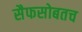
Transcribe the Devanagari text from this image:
सैफसोबतच